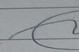
Signature authenticity: forged